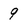
Character: 9